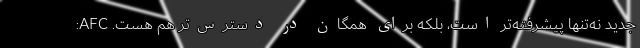
جدید نه‌تنها پیشرفته‌تر است، بلکه برای همگان در دسترس‌تر هم هست. AFC: